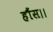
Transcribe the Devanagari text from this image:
हौंस।।